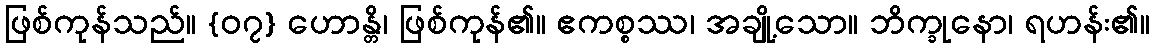
ဖြစ်ကုန်သည်။ {၀၇} ဟောန္တိ၊ ဖြစ်ကုန်၏။ ဧကစ္စဿ၊ အချို့သော။ ဘိက္ခုနော၊ ရဟန်း၏။